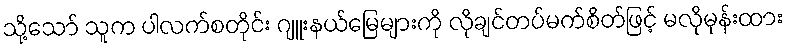
သို့သော် သူက ပါလက်စတိုင်း ဂျူးနယ်မြေများကို လိုချင်တပ်မက်စိတ်ဖြင့် မလိုမုန်းထား